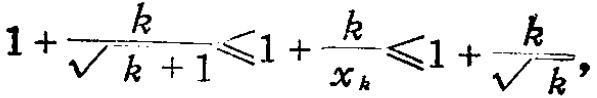
\[1+\frac{k}{\sqrt{k + 1}}\leqslant1+\frac{k}{x_{k}}\leqslant1+\frac{k}{\sqrt{k}},\]